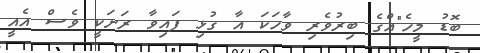
ބޮޑު މީހެ"އްގެ ބިރުވެރި ވާހަކަ އާ ގުޅި ފައިވާ ރަށަކީ ވެސް އެއީ